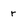
Character: r